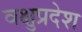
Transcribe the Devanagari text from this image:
वक्षुप्रदेश